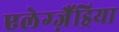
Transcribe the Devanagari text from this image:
एलेग्ज़ैंड्रिया